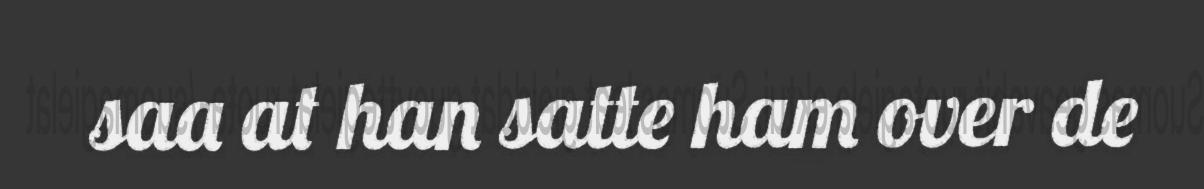
saa at han satte ham over de